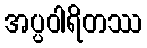
အပ္ပဝါရိတဿ